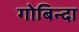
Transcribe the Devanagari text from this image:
गोबिन्दा